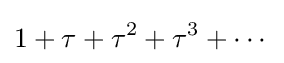
1+\tau +\tau ^{2}+\tau ^{3}+\cdots